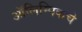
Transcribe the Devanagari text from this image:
आॅलिम्पिकचे